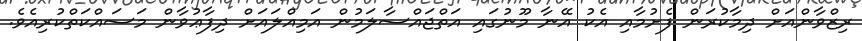
ރިޒްވާންއަށް ދިމާކުރަން ފެށުމާއި އެކު އޭނާ މޫނުގައި އަތްޖައްސާލަމުން އަމިއްލައަށް ދިފާޢުވާން މަސައްކަތްކުރިއެވެ.